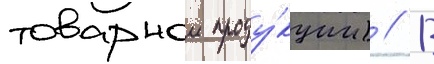
товарнои проду́кции) // В